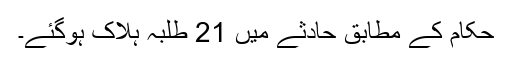
حکام کے مطابق حادثے میں 21 طلبہ ہلاک ہوگئے۔